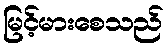
မြင့်မားစေသည်